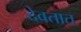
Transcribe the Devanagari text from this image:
देवतात